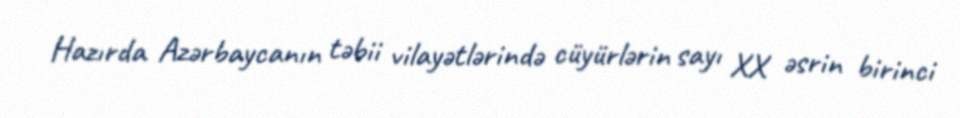
Hazırda Azərbaycanın təbii vilayətlərində cüyürlərin sayı XX əsrin birinci